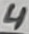
Text: 4